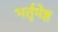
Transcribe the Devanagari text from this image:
भर्तृमेष्ठ